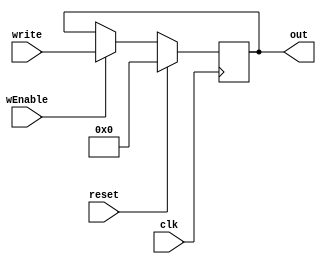
module PC_Class(clk,write,wEnable,reset,out);   //DONE
	input clk;
	input [63:0]write;
	input reset;
	input wEnable;
	
	output [63:0]out;
	reg [63:0]data;
	
	always@(posedge clk)
	begin
		if(reset==1'b1)
			data=1'b0;
		else if (wEnable)
			data=write;
	end
	
	assign out=data;
	
	initial
	begin
	#150
	data=64'b0;
	//write=64'b0;
	end
	always@(*)
	begin
		$display("\nPC:\nwrite = %b\nout = %b\n ",write,out);
	end
	
endmodule